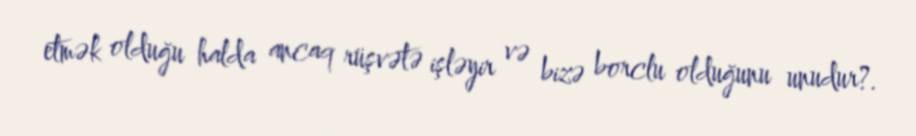
etmək olduğu halda ancaq rüşvətə işləyir və bizə borclu olduğunu unudur?.